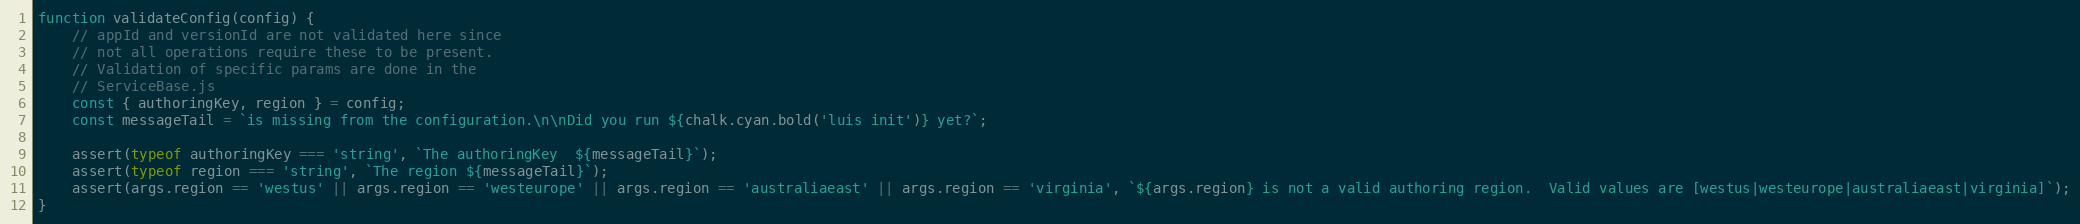
Language: JavaScript
function validateConfig(config) {
    // appId and versionId are not validated here since
    // not all operations require these to be present.
    // Validation of specific params are done in the
    // ServiceBase.js
    const { authoringKey, region } = config;
    const messageTail = `is missing from the configuration.\n\nDid you run ${chalk.cyan.bold('luis init')} yet?`;

    assert(typeof authoringKey === 'string', `The authoringKey  ${messageTail}`);
    assert(typeof region === 'string', `The region ${messageTail}`);
    assert(args.region == 'westus' || args.region == 'westeurope' || args.region == 'australiaeast' || args.region == 'virginia', `${args.region} is not a valid authoring region.  Valid values are [westus|westeurope|australiaeast|virginia]`);
}